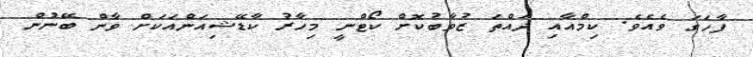
ފާހަގަ ވެއެވެ. ކިމްއާއި ދައްތަ ޒުވާބުކޮށް ކޯޓްނީ މިހާރު ކާޑޭޝިއަންއަކަށް ވާން ބޭނުން